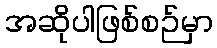
အဆိုပါဖြစ်စဉ်မှာ